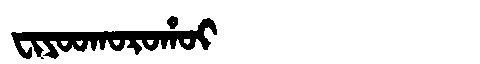
Manchu: ᠸᡳᠶᠣᠣᡴᠣᡵᠣᡥᠣᡳ
Romanization: FIYOOKOROHOI